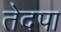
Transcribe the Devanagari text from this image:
तेदपा